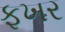
ફખર